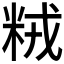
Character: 𫂽